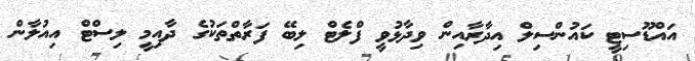
އައްޑޫސިޓީ ކައުންސިލް އިދާރާއިން ވިދާޅުވީ ފްލެޓް ލިބޭ ފަރާތްތަކުގެ ދާއިމީ ލިސްޓް އިއުލާން